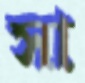
সা